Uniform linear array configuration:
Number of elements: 8
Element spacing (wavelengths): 1
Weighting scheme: hamming
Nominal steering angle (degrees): -15
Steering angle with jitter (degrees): -16.719
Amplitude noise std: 0.05
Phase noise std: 0.05

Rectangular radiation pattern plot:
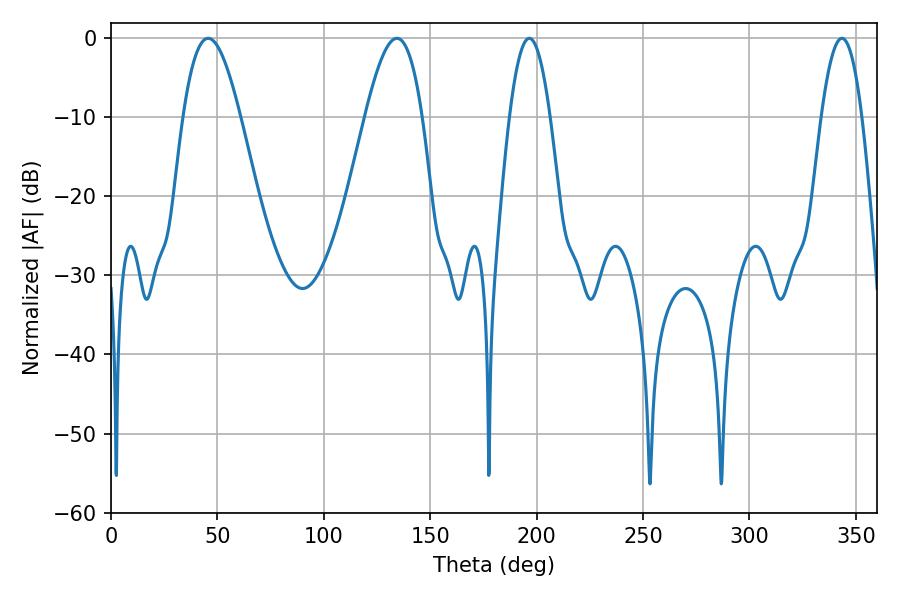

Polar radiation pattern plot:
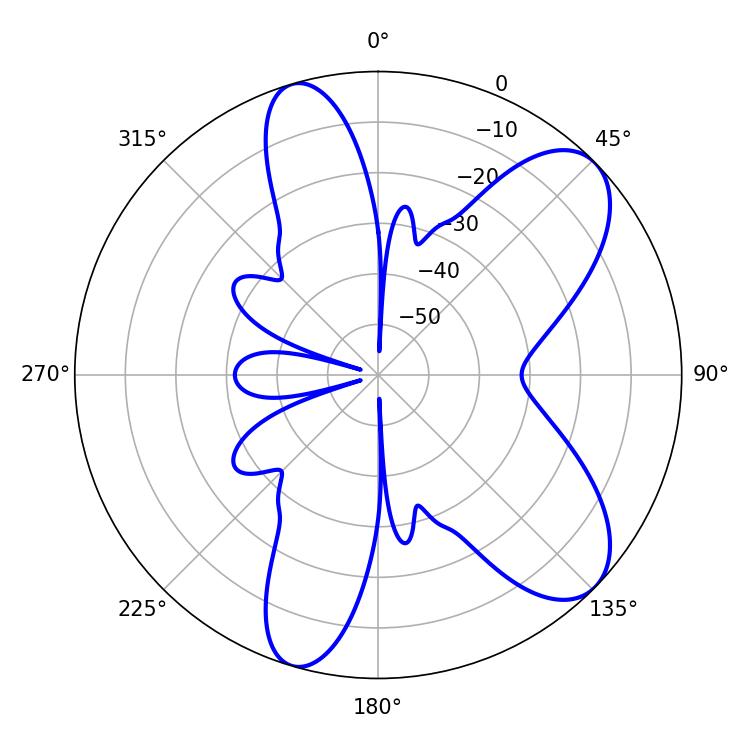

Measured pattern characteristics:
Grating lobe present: TRUE
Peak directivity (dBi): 8.429
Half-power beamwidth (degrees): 10.44
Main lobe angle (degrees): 196.56